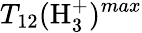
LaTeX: T_{12}(\mathrm{H}_{3}^{+})^{max}